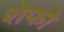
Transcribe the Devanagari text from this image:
शेफो